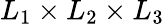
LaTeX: L_{1}\times L_{2}\times L_{3}